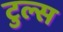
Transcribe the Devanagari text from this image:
टुल्स